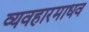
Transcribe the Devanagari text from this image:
व्यवहारमाधव